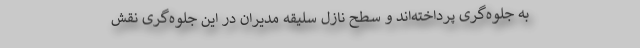
به جلوه‌گری پرداخته‌اند و سطح نازل سلیقه مدیران در این جلوه‌گری نقش